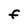
Character: F